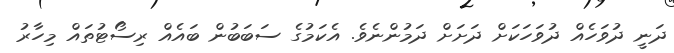
ދަނީ ދުވަހެއް ދުވަހަކަށް ދަށަށް ދަމުންނެވެ. އެކަމުގެ ސަބަބުން ބައެއް ރިސޯޓުތައް މިހާރު